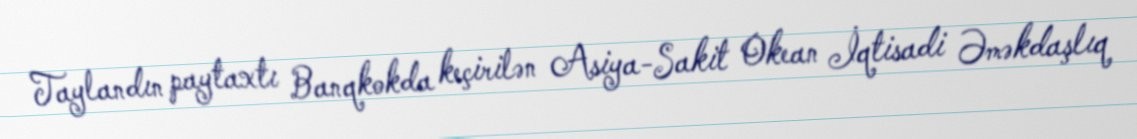
Taylandın paytaxtı Banqkokda keçirilən Asiya-Sakit Okean İqtisadi Əməkdaşlıq